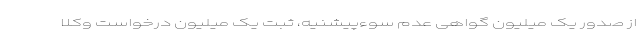
از صدور یک میلیون گواهی عدم سوءپیشنیه، ثبت یک میلیون درخواست وکلا